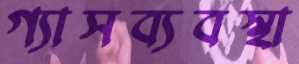
গ্যাসব্যবস্থা